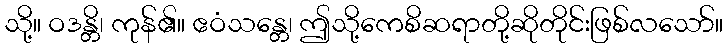
သို့။ ဝဒန္တိ၊ ကုန်၏။ ဧဝံသန္တေ၊ ဤသို့ကေစိဆရာတို့ဆိုတိုင်းဖြစ်လသော်။